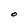
Character: O